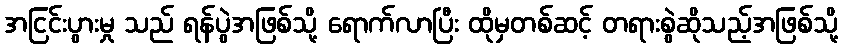
အငြင်းပွားမှု သည် ရန်ပွဲအဖြစ်သို့ ရောက်လာပြီး ထိုမှတစ်ဆင့် တရားစွဲဆိုသည့်အဖြစ်သို့